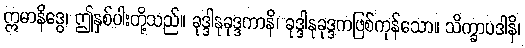
ဣမာနိဒွေ၊ ဤနှစ်ပါးတို့သည်။ ခုဒ္ဒါနုခုဒ္ဒကာနိ၊ ခုဒ္ဒါနုခုဒ္ဒကဖြစ်ကုန်သော။ သိက္ခာပဒါနိ၊